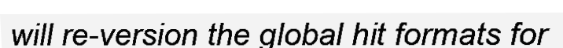
will re-version the global hit formats for